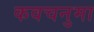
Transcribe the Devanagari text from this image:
कवचनुमा